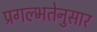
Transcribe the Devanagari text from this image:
प्रगल्भतेनुसार